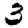
Digit: 3